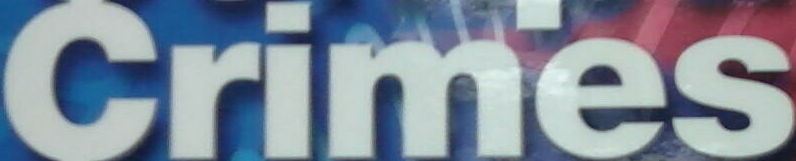
Crimes